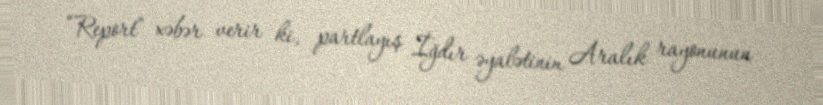
“Report” xəbər verir ki, partlayış İğdır əyalətinin Aralık rayonunun